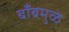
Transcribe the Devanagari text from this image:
बाँबमुळे